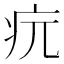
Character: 𤴰